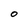
Character: O